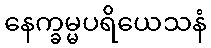
နေက္ခမ္မပရိယေသနံ